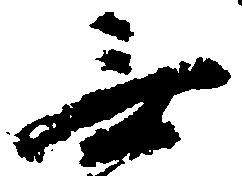
無